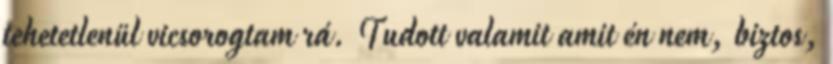
tehetetlenül vicsorogtam rá. Tudott valamit amit én nem, biztos,